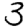
Digit: 3